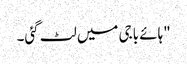
"ہائے باجی میں لٹ گئی۔